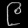
Digit: ၉